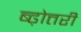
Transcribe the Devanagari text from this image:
ब्ढ़ोत्तरी